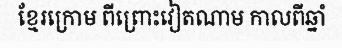
ខ្មែរក្រោម ពីព្រោះវៀតណាម កាលពីឆ្នាំ